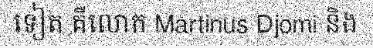
ទៀត គឺលោក Martinus Djomi និង